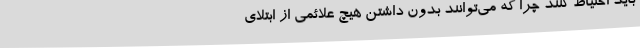
باید احتیاط کنند چرا که می‌توانند بدون داشتن هیچ علائمی از ابتلای